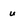
Character: U